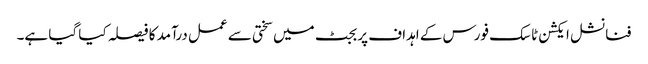
فنانشل ایکشن ٹاسک فورس کے اہداف پر بجٹ میں سختی سے عمل درآمد کا فیصلہ کیا گیا ہے۔